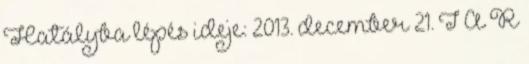
Hatályba lépés ideje: 2013. december 21. T A R